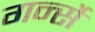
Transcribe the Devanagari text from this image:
गर्न्से